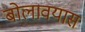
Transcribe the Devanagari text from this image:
बोलावयास